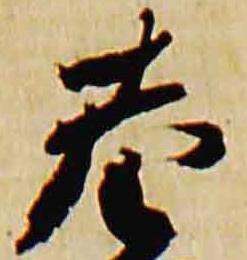
巷